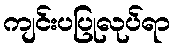
ကျင်းပပြုလုပ်ရာ